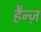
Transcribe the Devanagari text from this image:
हैन्ज़